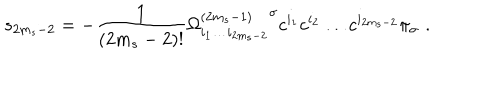
LaTeX: s _ { 2 m _ { s } - 2 } = - \frac { 1 } { ( 2 m _ { s } - 2 ) ! } { \Omega _ { i _ { 1 } \ldots i _ { 2 m _ { s } - 2 } } ^ { ( 2 m _ { s } - 1 ) } } ^ { \sigma } c ^ { i _ { 1 } } c ^ { i _ { 2 } } \ldots c ^ { i _ { 2 m _ { s } - 2 } } \pi _ { \sigma } \, \, .